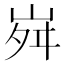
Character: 𡶷